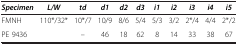
| Specimen | L/W | td | d1 | d2 | d3 | i1 | i2 | i3 | i4 | i5 |
 | --- | --- | --- | --- | --- | --- | --- | --- | --- | --- | --- |
 | FMNH | 110*/32* | 10*/7 | 10/9 | 8/6 | 5/4 | 5/3 | 3/2 | 2*/4 | 4/4 | 2*/2 |
 | PE 9436 |  | – | 46 | 18 | 62 | 8 | 14 | 33 | 38 | 67 |